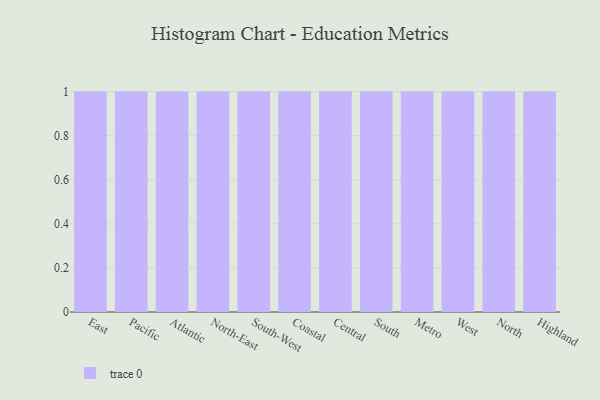
{"axis": {"x": "Region", "y": "Page Views"}, "legend": [""], "data": [{"x": "East", "y": 2, "type": ""}, {"x": "Pacific", "y": 24, "type": ""}, {"x": "Atlantic", "y": 85, "type": ""}, {"x": "North-East", "y": 94, "type": ""}, {"x": "South-West", "y": 24, "type": ""}, {"x": "Coastal", "y": 93, "type": ""}, {"x": "Central", "y": 3, "type": ""}, {"x": "South", "y": 65, "type": ""}, {"x": "Metro", "y": 98, "type": ""}, {"x": "West", "y": 84, "type": ""}, {"x": "North", "y": 59, "type": ""}, {"x": "Highland", "y": 87, "type": ""}]}